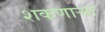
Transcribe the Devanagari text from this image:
शकणार्‍या